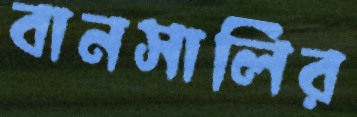
বানসালির